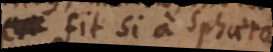
fit si a sphaer